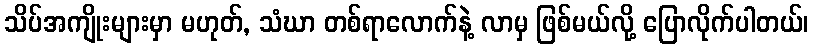
သိပ်အကျိုးများမှာ မဟုတ်, သံဃာ တစ်ရာလောက်နဲ့ လာမှ ဖြစ်မယ်လို့ ပြောလိုက်ပါတယ်၊